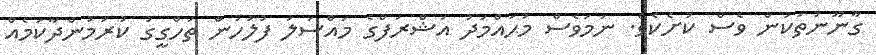
ގާނޫނުތަކުން ވެސް ކުށެކެވެ. ނަމަވެސް މުޙައްމަދު އަޝްރަފްގެ މައްސަލަ ފުލުހުން ތަހްގީގު ކުރަމުންދާކަމެއް